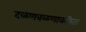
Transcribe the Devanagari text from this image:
दळणवळणाकरिता